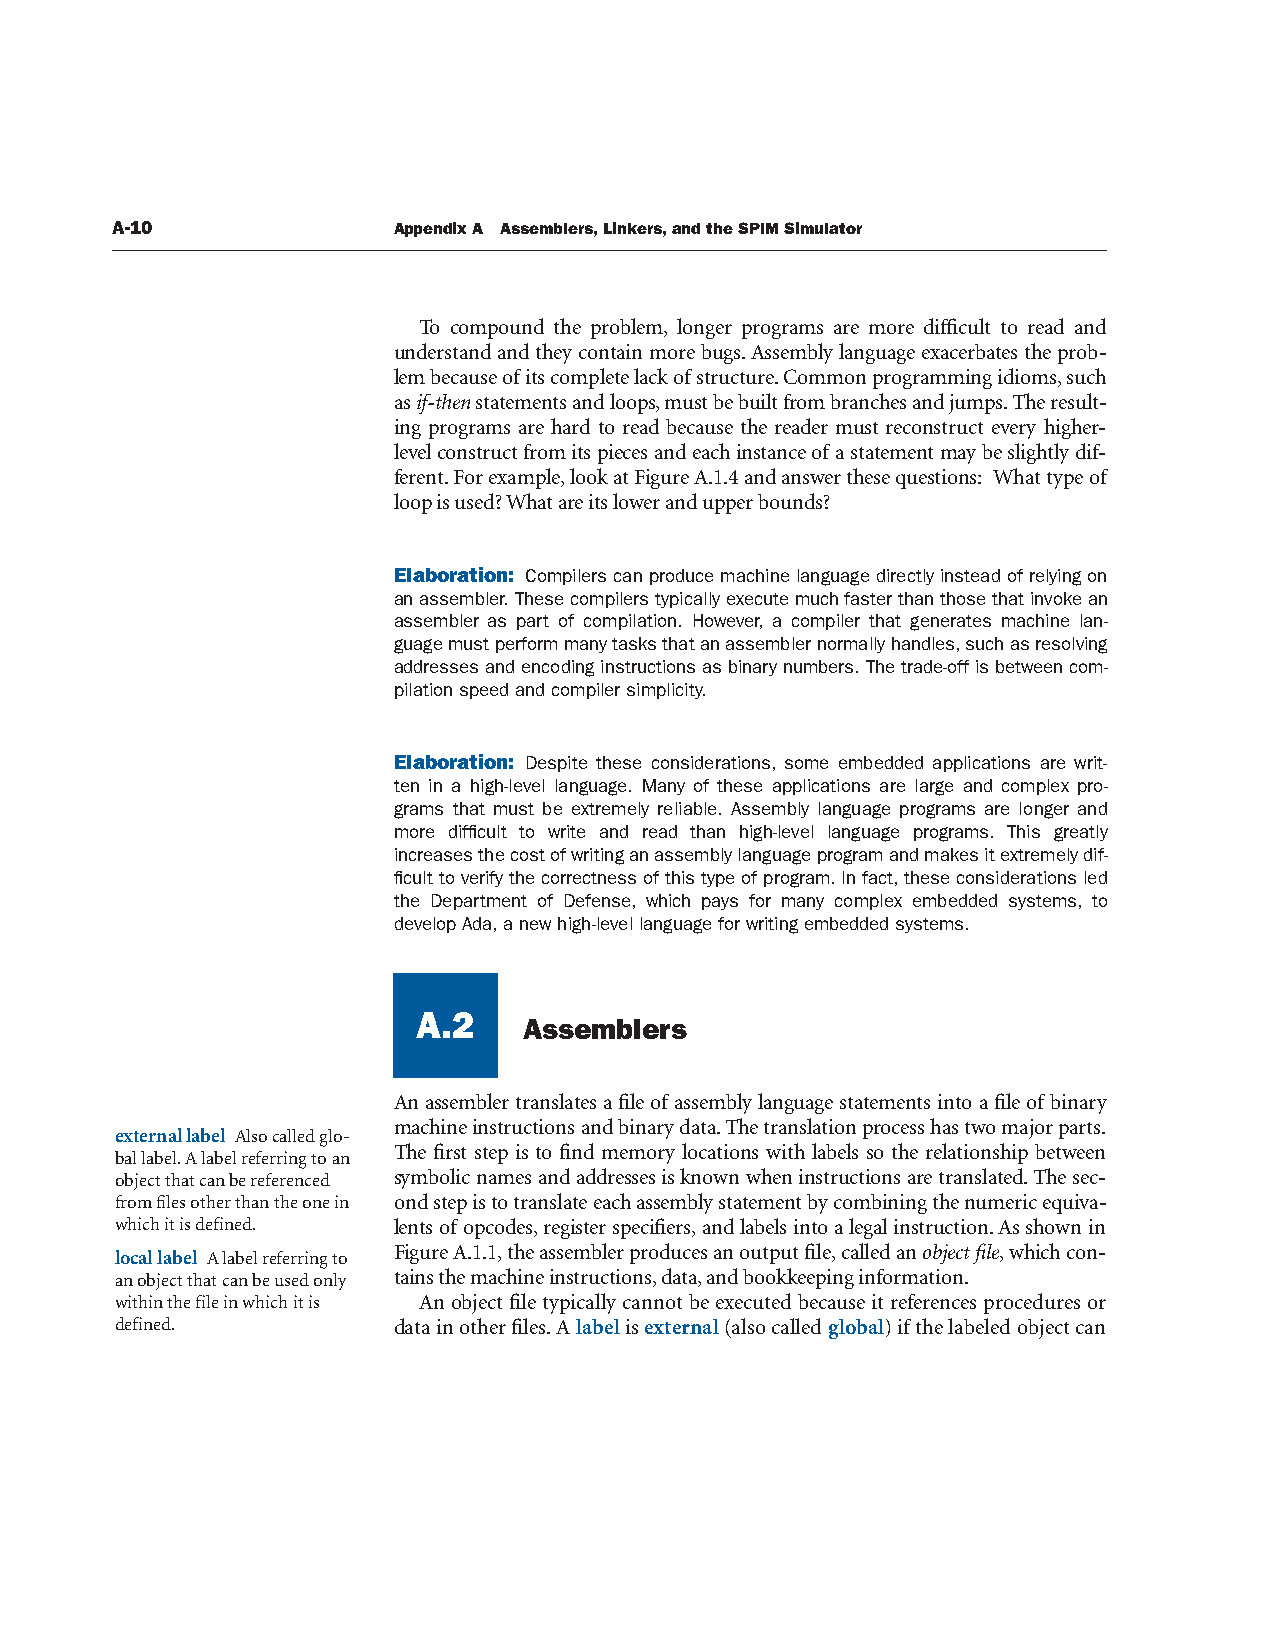
A-10               Appendix A Assemblers, Linkers, and the SPIM Simulator
 To compound the problem, longer programs are more difficult to read and
 understand and they contain more bugs. Assembly language exacerbates the prob-
 lem because of its complete lack of structure. Common programming idioms, such
 as if-then statements and loops, must be built from branches and jumps. The result-
 ing programs are hard to read because the reader must reconstruct every higher-
 level construct from its pieces and each instance of a statement may be slightly dif-
 ferent. For example, look at Figure A.1.4 and answer these questions: What type of
 loop is used? What are its lower and upper bounds?
 Elaboration: Compilers can produce machine language directly instead of relying on
 an assembler. These compilers typically execute much faster than those that invoke an
 assembler as part of compilation. However, a compiler that generates machine lan-
 guage must perform many tasks that an assembler normally handles, such as resolving
 addresses and encoding instructions as binary numbers. The trade-off is between com-
 pilation speed and compiler simplicity.
 Elaboration: Despite these considerations, some embedded applications are writ-
 ten in a high-level language. Many of these applications are large and complex pro-
 grams that must be extremely reliable. Assembly language programs are longer and
 more difficult to write and read than high-level language programs. This greatly
 increases the cost of writing an assembly language program and makes it extremely dif-
 ficult to verify the correctness of this type of program. In fact, these considerations led
 the Department of Defense, which pays for many complex embedded systems, to
 develop Ada, a new high-level language for writing embedded systems.
 A.2
 Assemblers
 A.2
 An assembler translates a file of assembly language statements into a file of binary
 machine instructions and binary data. The translation process has two major parts.
 external label Also called glo-
 The first step is to find memory locations with labels so the relationship between
 bal label. A label referring to an
 object that can be referenced symbolic names and addresses is known when instructions are translated. The sec-
 from files other than the one in ond step is to translate each assembly statement by combining the numeric equiva-
 which it is defined. lents of opcodes, register specifiers, and labels into a legal instruction. As shown in
 Figure A.1.1, the assembler produces an output file, called an object file, which con-
 local label A label referring to
 an object that can be used only tains the machine instructions, data, and bookkeeping information.
 within the file in which it is An object file typically cannot be executed because it references procedures or
 defined.          data in other files. A label is external (also called global) if the labeled object can